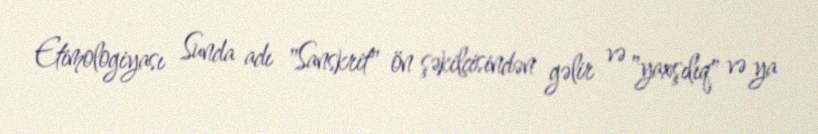
Etimologiyası Sunda adı "Sanskrit" ön şəkilçisindən gəlir və "yaxşılıq" və ya